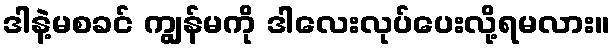
ဒါနဲ့မစခင် ကျွန်မကို ဒါလေးလုပ်ပေးလို့ရမလား။